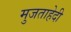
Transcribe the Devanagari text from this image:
मुजताहेदी